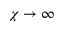
\chi \rightarrow \infty